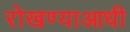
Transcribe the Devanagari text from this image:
रोखण्याआधी